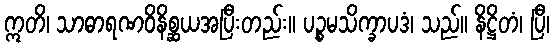
ဣတိ၊ သာဓာရဏဝိနိစ္ဆယအပြီးတည်း။ ပဉ္စမသိက္ခာပဒံ၊ သည်။ နိဋ္ဌိတံ၊ ပြီ၊